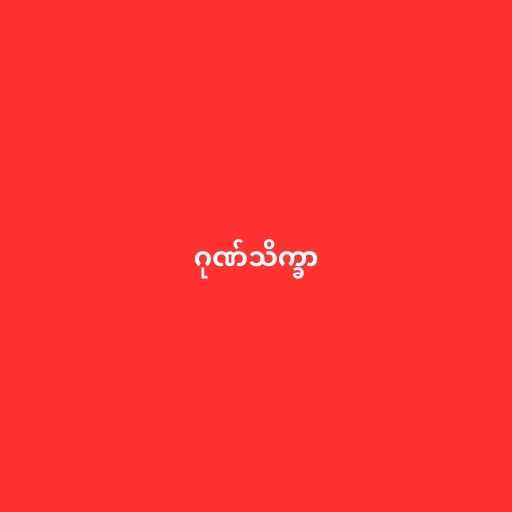
ဂုဏ်သိက္ခာ